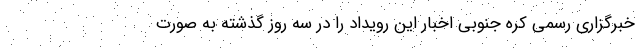
خبرگزاری رسمی کره جنوبی اخبار این رویداد را در سه روز گذشته به صورت